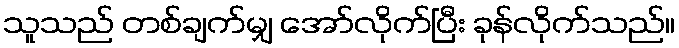
သူသည် တစ်ချက်မျှ အော်လိုက်ပြီး ခုန်လိုက်သည်။